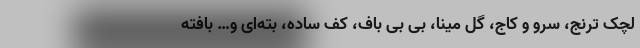
لچک ترنج، سرو و کاج، گل مینا، بی بی باف، کف ساده، بته‌ای و… بافته